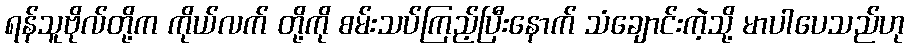
ရန်သူဗိုလ်တို့က ကိုယ်လက် တို့ကို စမ်းသပ်ကြည့်ပြီးနောက် သံချောင်းကဲ့သို့ မာပါပေသည်ဟု